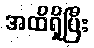
အထိရှိပြီး